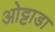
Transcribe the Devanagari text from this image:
ओट्टाडा